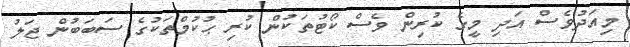
މިއަދުވެސް އަދި މީގެ ކުރިން ވެސް ކޯޓުތަކުން ކުރި ޙުކުމްތަކުގެ ސަބަބުން ޖަލު